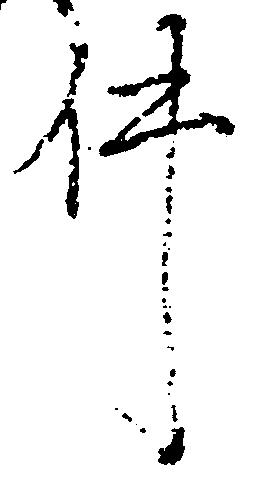
件